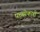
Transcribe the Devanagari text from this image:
पच्‍चीकारी